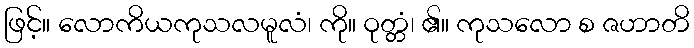
ဖြင့်။ လောကိယကုသလမူလံ၊ ကို။ ဝုတ္တံ၊ ၏။ ကုသလော စ ဇဟာတိ